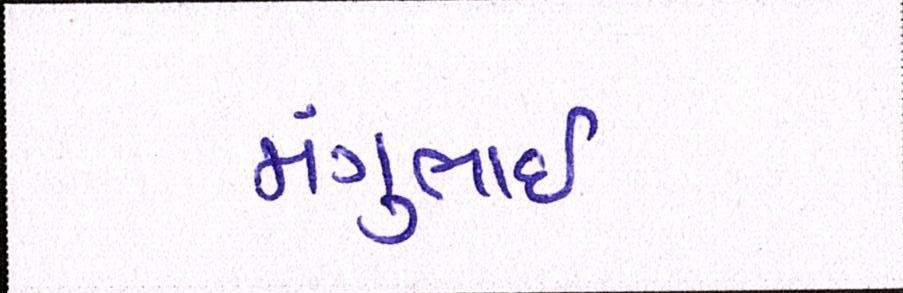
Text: મંગુભાઇ